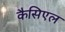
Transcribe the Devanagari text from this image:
कैसिएल